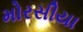
મોરસીયા